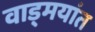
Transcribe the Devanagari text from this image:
वाड्मयांत